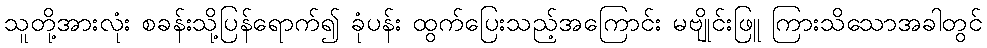
သူတို့အားလုံး စခန်းသို့ပြန်ရောက်၍ ခုံပန်း ထွက်ပြေးသည့်အကြောင်း မဗျိုင်းဖြူ ကြားသိသောအခါတွင်